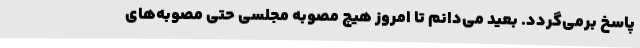
پاسخ برمی‌گردد. بعید می‌دانم تا امروز هیچ مصوبه مجلسی حتی مصوبه‌های